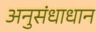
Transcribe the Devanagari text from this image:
अनुसंधाधान